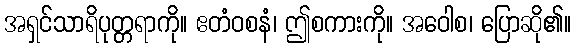
အရှင်သာရိပုတ္တရာကို။ ဧတံဝစနံ၊ ဤစကားကို။ အဝေါစ၊ ပြောဆို၏။